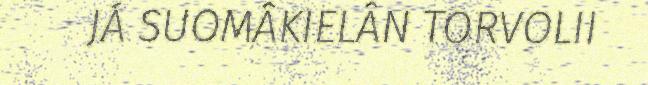
JÁ SUOMÂKIELÂN TORVOLII